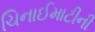
ચિનાઈમાટીની